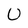
Character: U